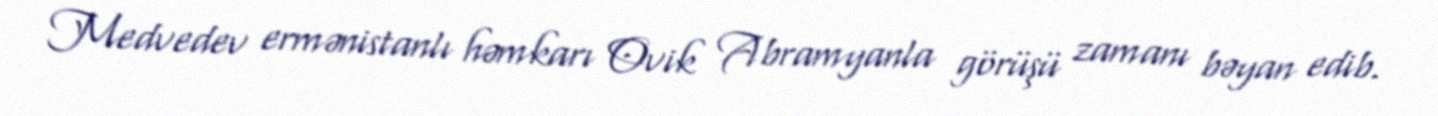
Medvedev ermənistanlı həmkarı Ovik Abramyanla görüşü zamanı bəyan edib.